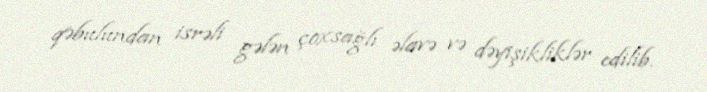
qəbulundan isrəli gələn çoxsağlı əlavə və dəyişikliklər edilib.